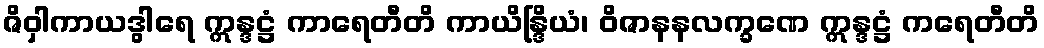
ဇိဝှါကာယဒွါရေ ဣန္ဒဋ္ဌံ ကာရေတီတိ ကာယိန္ဒြိယံ၊ ဝိဇာနနလက္ခဏေ ဣန္ဒဋ္ဌံ ကရေတီတိ